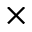
\times